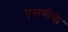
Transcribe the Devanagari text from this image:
एसबीके